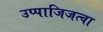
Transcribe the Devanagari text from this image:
उप्पाजिजत्वा